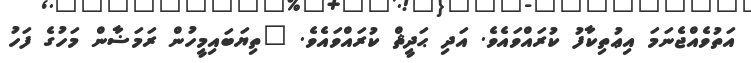
އަތުވެއްޖެނަމަ އިޢުތިކާފު ކުރައްވައެވެ. އަދި ޙަދީޘް ކުރައްވައެވެ. "ތިޔަބައިމީހުން ރަމަޟާން މަހުގެ ފަހު